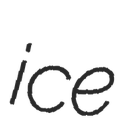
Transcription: ice